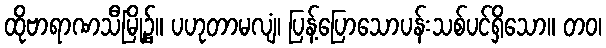
ထိုဗာရာဏသီမြို့၌။ ပဟုတာမလျံ၊ ပြန့်ပြောသောပန်းသစ်ပင်ရှိသော။ တဝ၊